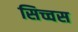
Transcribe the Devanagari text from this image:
सिच्चस